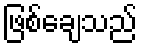
ဖြစ်ချေသည်